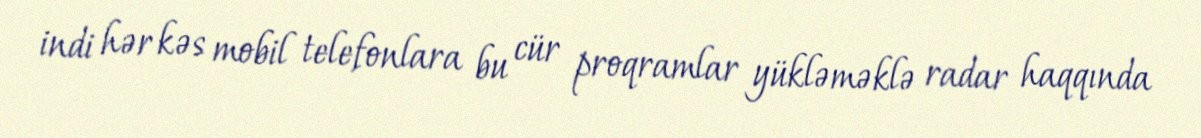
indi hər kəs mobil telefonlara bu cür proqramlar yükləməklə radar haqqında